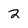
Character: 2